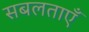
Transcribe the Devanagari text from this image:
सबलताएँ